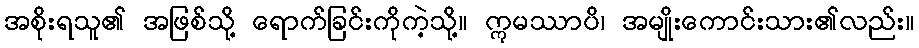
အစိုးရသူ၏ အဖြစ်သို့ ရောက်ခြင်းကိုကဲ့သို့။ ဣမဿာပိ၊ အမျိုးကောင်းသား၏လည်း။